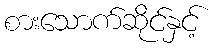
စားသောက်ဆိုင်နှင့်